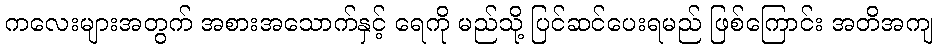
ကလေးများအတွက် အစားအသောက်နှင့် ရေကို မည်သို့ ပြင်ဆင်ပေးရမည် ဖြစ်ကြောင်း အတိအကျ